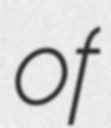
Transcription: of